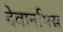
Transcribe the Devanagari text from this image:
देवार्नामस